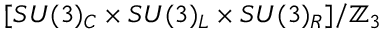
[ S U ( 3 ) _ { C } \times S U ( 3 ) _ { L } \times S U ( 3 ) _ { R } ] / \mathbb { Z } _ { 3 }